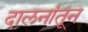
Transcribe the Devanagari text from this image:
दालनांतून